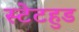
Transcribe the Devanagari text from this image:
स्टेटहुड